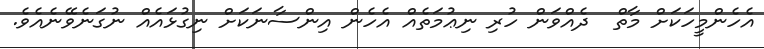
އެހެންމީހަކަށް މާތް  ދެއްވަން ހުރި ނިޢުމަތެއް އެހެން އިންސާނަކަށް ނިގުޅައެއް ނުގަނެވޭނެއެވެ.